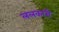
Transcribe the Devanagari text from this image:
ललकारी